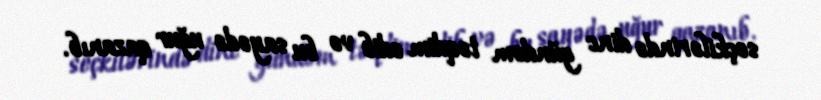
seçkilərində dinc gündəm təqdim edib və bu sayədə uğur qazanıb.